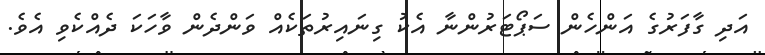
އަދި ގާފަރުގެ އަންހެން ސަޕޯޓަރުންނާ އެކު ގިނައިރުތަކެއް ވަންދެން ވާހަކަ ދެއްކެވި އެވެ.